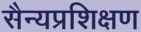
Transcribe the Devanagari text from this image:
सैन्यप्रशिक्षण